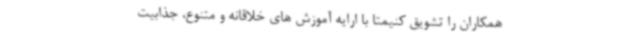
همکاران را تشویق کنیمتا با ارایه آموزش های خلاقانه و متنوع، جذابیت